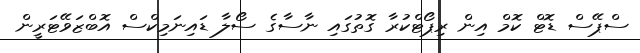
ސްޕޭސް ޑޮޓް ކޮމް އިން ރިޕޯޓްކުރާ ގޮތުގައި ނާސާގެ ސޯލާ ޑައިނަމިކްސް އޮބްޒަވޭޓަރީން